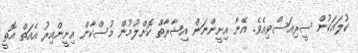
ކުލައަކުން ސީރިއަސްވިއެވެ. އޭނާ އިށީންނަން އިޝާރާތް ކޮށްލުމުން މުސްކާން އިށީންއިރު އެއަތް އޮތީ